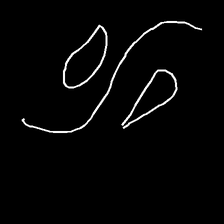
Glyph: water